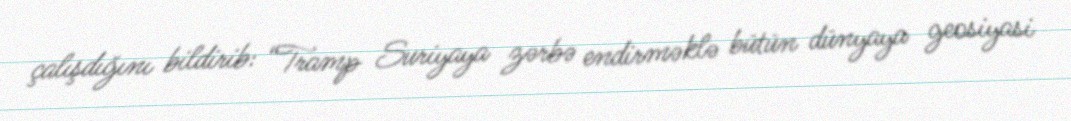
çalışdığını bildirib: “Tramp Suriyaya zərbə endirməklə bütün dünyaya geosiyasi